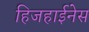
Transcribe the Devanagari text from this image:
हिजहाईनेस